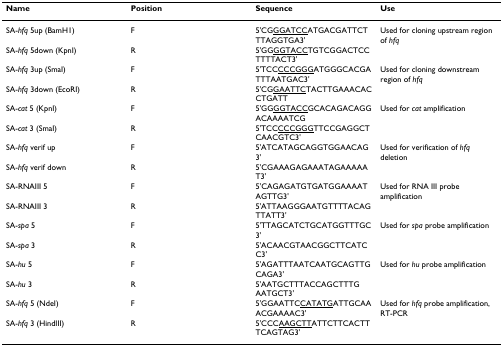
| Name | Position | Sequence | Use |
 | --- | --- | --- | --- |
 | SA-hfq 5up (BamH1) | F | 5'CG<underline>GGATCC</underline>ATGACGATTCTTTAGGTGA3' | Used for cloning upstream region of hfq |
 | SA-hfq 5down (KpnI) | R | 5'GG<underline>GGTACC</underline>TGTCGGACTCCTTTTACT3' |  |
 | SA-hfq 3up (SmaI) | F | 5'TCC<underline>CCCGGG</underline>ATGGGCACGATTTAATGAC3' | Used for cloning downstream region of hfq |
 | SA-hfq 3down (EcoRI) | R | 5'CG<underline>GAATTC</underline>TACTTGAAACACCTGATT |  |
 | SA-cat 5 (KpnI) | F | 5'GG<underline>GGTACC</underline>GCACAGACAGGACAAAATCG | Used for cat amplification |
 | SA-cat 3 (SmaI) | R | 5'TCC<underline>CCCGGG</underline>TTCCGAGGCTCAACGTC3' |  |
 | SA-hfq verif up | F | 5'ATCATAGCAGGTGGAACAG3' | Used for verification of hfq deletion |
 | SA-hfq verif down | R | 5'CGAAAGAGAAATAGAAAAAT3' |  |
 | SA-RNAIII 5 | F | 5'CAGAGATGTGATGGAAAATAGTTG3' | Used for RNA III probe amplification |
 | SA-RNAIII 3 | R | 5'ATTAAGGGAATGTTTTACAGTTATT3' |  |
 | SA-spa 5 | F | 5'TTAGCATCTGCATGGTTTGC3' | Used for spa probe amplification |
 | SA-spa 3 | R | 5'ACAACGTAACGGCTTCATCC3' |  |
 | SA-hu 5 | F | 5'AGATTTAATCAATGCAGTTGCAGA3' | Used for hu probe amplification |
 | SA-hu 3 | R | 5'AATGCTTTACCAGCTTTG AATGCT3' |  |
 | SA-hfq 5 (NdeI) | F | 5'GGAATTC<underline>CATATG</underline>ATTGCAAACGAAAAC3' | Used for hfq probe amplification, RT-PCR |
 | SA-hfq 3 (HindIII) | R | 5'CCC<underline>AAGCTT</underline>ATTCTTCACTTTCAGTAG3' |  |